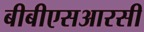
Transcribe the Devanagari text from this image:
बीबीएसआरसी